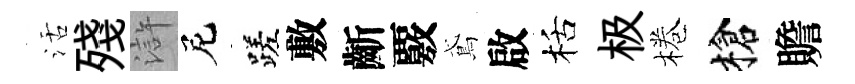
活殘滸尼蹉敷齗覈鳶啟栝极棬槍贍